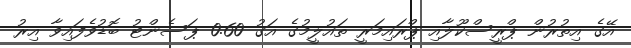
އޭގެ އިތުރުން ޕްރީސްކޫލާއި ޕްރައިމަރީ ތައުލީމުގެ އަގު 0.60 ޕަސެންޓު ބޮޑުވެފައިވާ އިރު